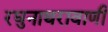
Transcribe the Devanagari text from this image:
रघुनाथरावाणी